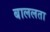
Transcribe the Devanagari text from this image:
बाललता